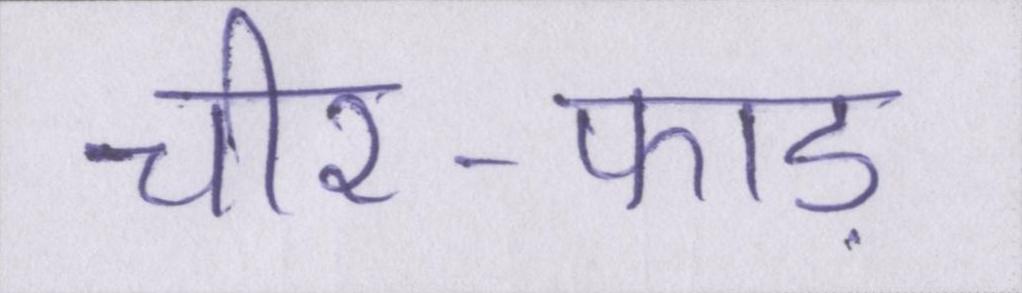
चीर-फाड़